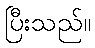
ပြီးသည်။